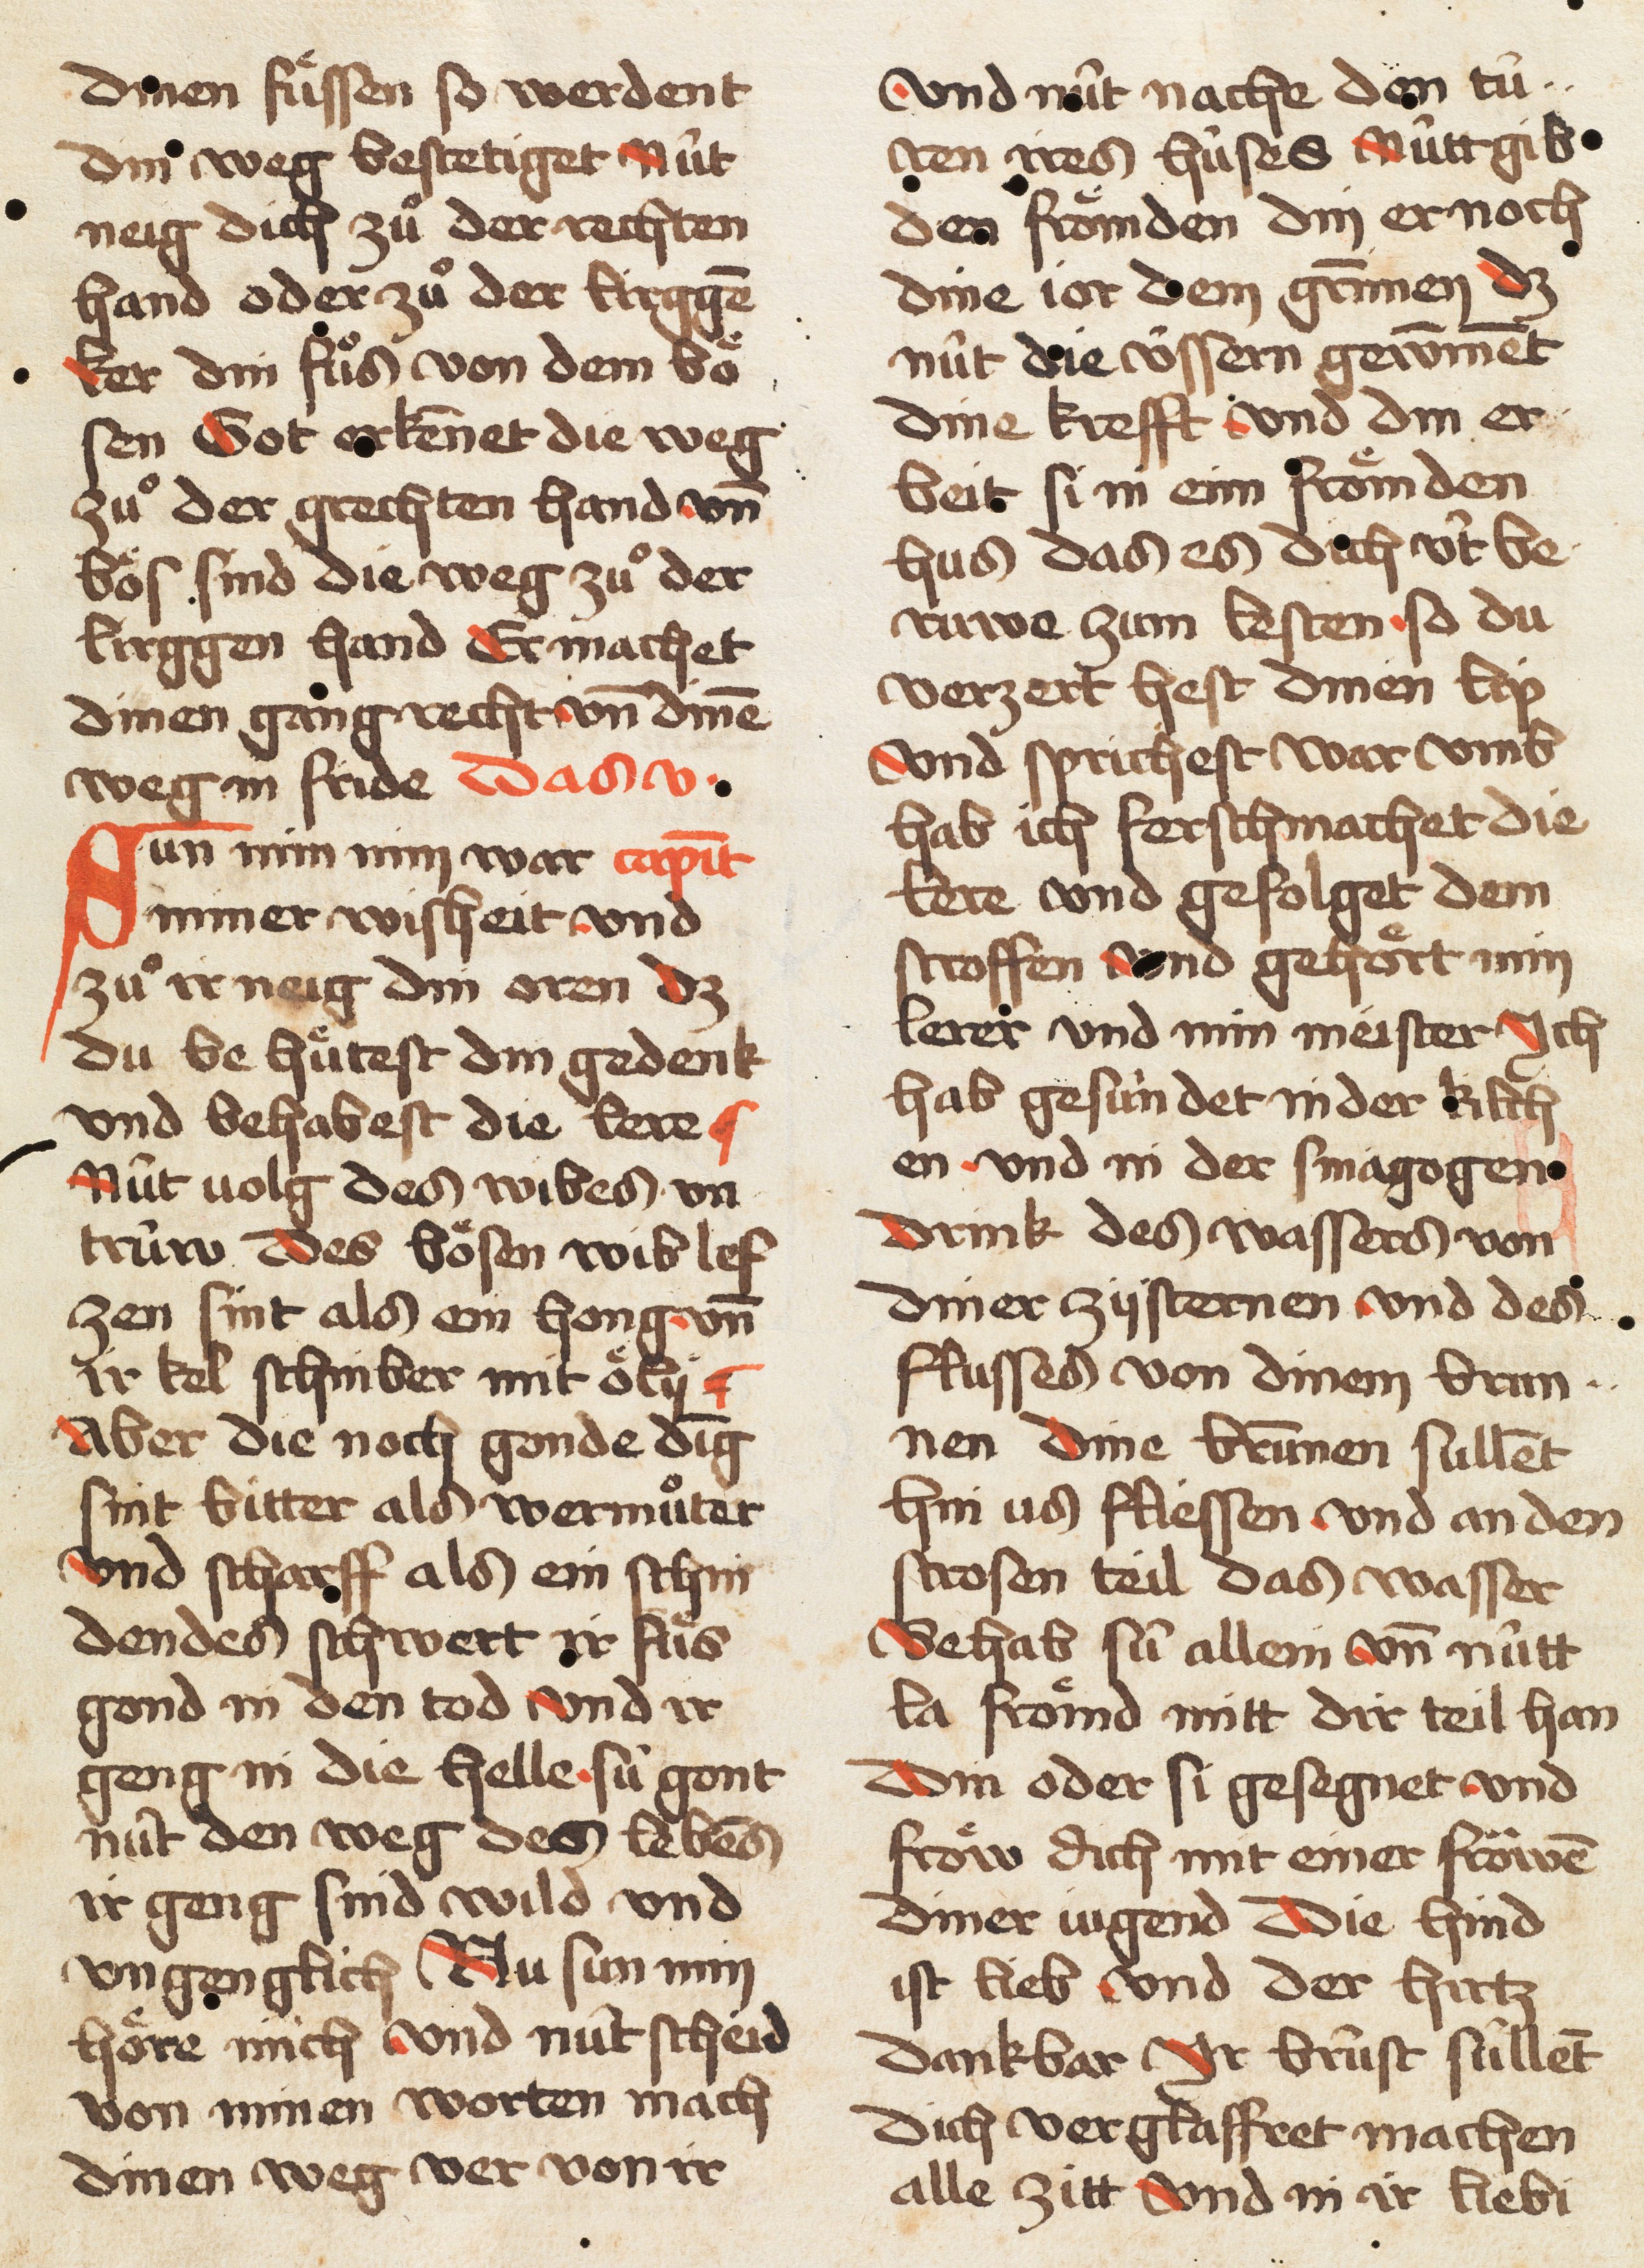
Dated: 1457–1457